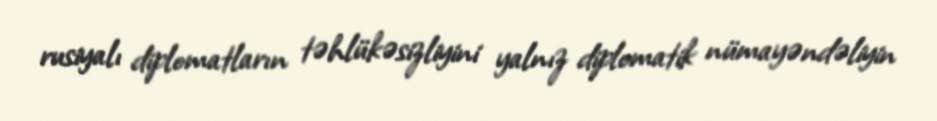
rusiyalı diplomatların təhlükəsizliyini yalnız diplomatik nümayəndəliyin